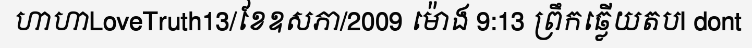
ហាហាLoveTruth13/ខែឧសភា/2009 ម៉ោង 9:13 ព្រឹកឆ្លើយតបI dont